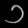
Digit: ၁